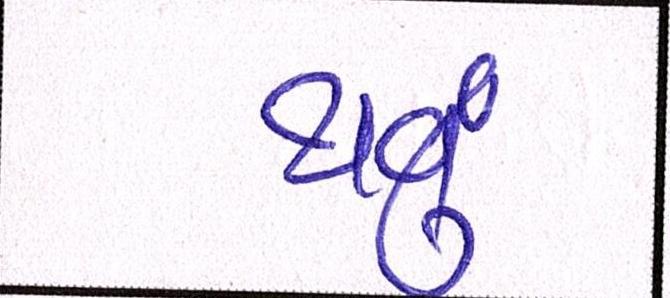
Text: થવું